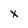
Character: X